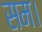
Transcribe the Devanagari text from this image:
सम।